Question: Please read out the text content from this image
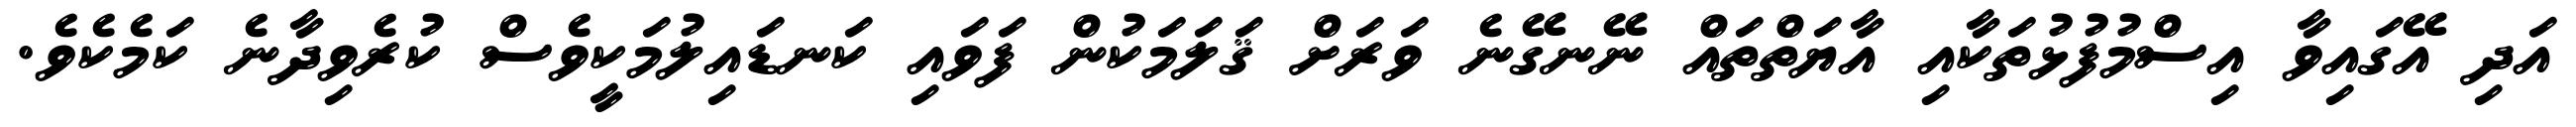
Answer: އަދި އޭގައިވާ އިސްމުފުޅުތަކާއި އާޔަތްތައް ނޭނގޭނެ ވަރަށް ޤަލަމަކުން ފަވައި ކަނޑައިލުމަކީވެސް ކުރެވިދާނެ ކަމެކެވެ.